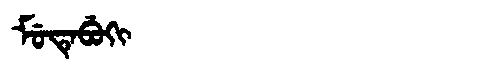
Manchu: ᠮᡠᡨᡝᠪᡠᡴᡳ
Romanization: MUTEBUKI